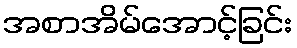
အစာအိမ်အောင့်ခြင်း